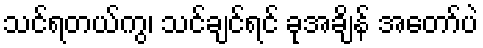
သင်ရတယ်ကွ၊ သင်ချင်ရင် ခုအချိန် အတော်ပဲ